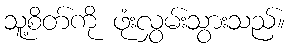
သူ့စိတ်ကို ဖုံးလွှမ်းသွားသည်။